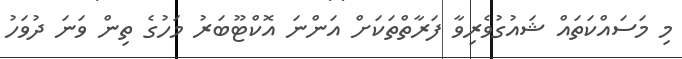
މި މަސައްކަތައް ޝައުގުވެރިވާ ފަރާތްތަކަށް އަންނަ އޮކްޓޫބަރު މަހުގެ ތިން ވަނަ ދުވަހު